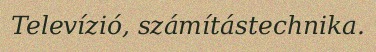
Televízió, számítástechnika.